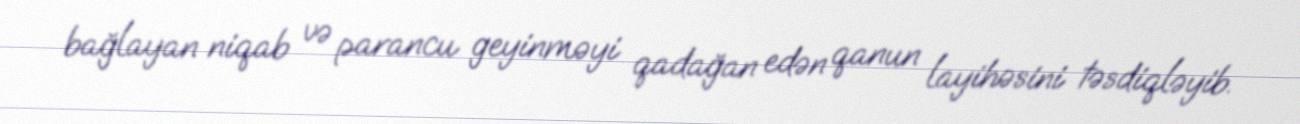
bağlayan niqab və parancu geyinməyi qadağan edən qanun layihəsini təsdiqləyib.